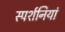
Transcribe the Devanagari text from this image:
स्पर्शनियां